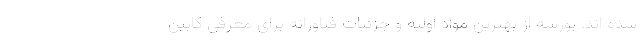
شده اند. پورشه از بهترین مواد اولیه و جزئیات فناورانه برای معرفی کابین